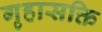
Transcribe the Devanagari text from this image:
गृहासक्ति